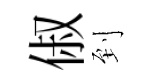
俶到